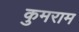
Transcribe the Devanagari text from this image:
कुमराम